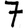
Digit: 7